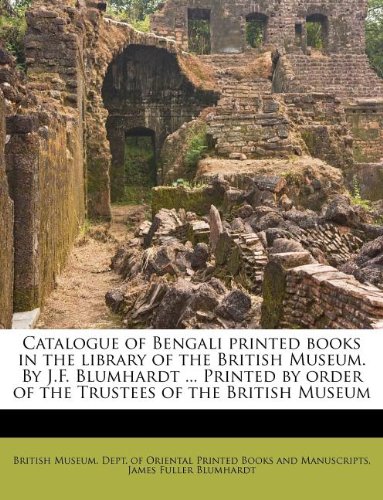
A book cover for Catalogue of Bengali printed books in the library of the British Museum. By J.F. Blumhardt ... Printed by order of the Trustees of the British Museum; James Fuller Blumhardt; Crafts, Hobbies & Home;